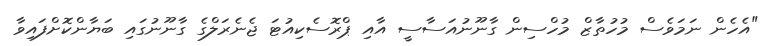
"އެހެން ނަމަވެސް މުހުތާޒް މުހްސިން ގާނޫނުއަސާސީ އާއި ޕްރޮސެކިއުޓަ ޖެނެރަލްގެ ގާނޫނުގައި ބަޔާންކޮށްފައިވާ